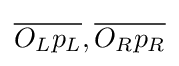
{\overline {O_{L}p_{L}}},{\overline {O_{R}p_{R}}}